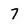
Character: 7